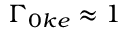
\Gamma _ { 0 k e } \approx 1